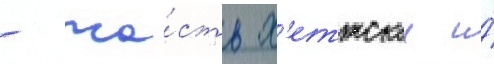
- ча́сть х'еттскои и́